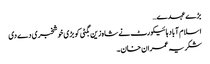
بڑے عہدے…
اسلام آباد ہائیکورٹ نے شاہ زین بگٹی کو بڑی خوشخبری دے دی
شکریہ عمران خان۔